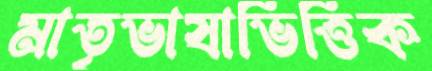
মাতৃভাষাভিত্তিক